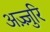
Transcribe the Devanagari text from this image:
अज़्ज़ुरि